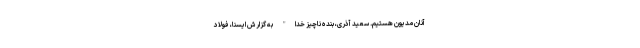
آنان مدیون هستیم. سعید آذری، بنده ناچیز خدا" به گزارش ایسنا، فولاد